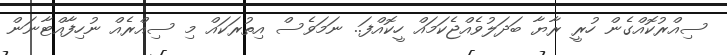
ސިއްރުކޮއްގެން ހުރީ ރާޔާ ބަދަލުވެއްޖެކަމައް ހީކޮއްފަ.. ނަމަވެސް އިތުރަކައް މި ސިއްރެއް ނުހިފާއްޓާނަން